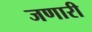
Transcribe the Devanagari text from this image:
जणारी